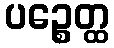
ပဉ္စေတ္ထ